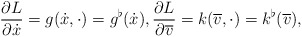
\begin{gather*} \frac{ \partial L }{ \partial \dot{x} } = g ( \dot{x}, \cdot ) = g ^\flat ( \dot{x} ) , \frac{ \partial L }{ \partial \overline{ v } } = k ( \overline{ v } , \cdot ) = k ^\flat ( \overline{ v } ) , \end{gather*}